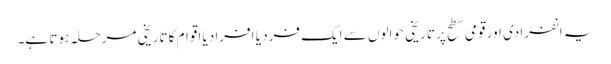
یہ انفرادی اور قومی سطح پر تاریخی حوالوں سے ایک فرد یا افراد یا اقوام کا تاریخی مرحلہ ہوتا ہے۔